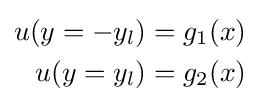
{\begin{aligned}u(y=-y_{l})&=g_{1}(x)\\u(y=y_{l})&=g_{2}(x)\end{aligned}}